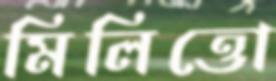
মিলিত্তো